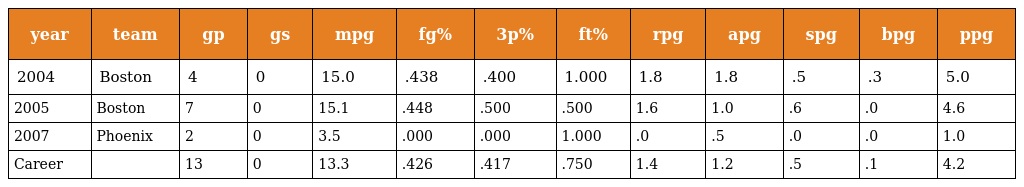
| year | team | gp | gs | mpg | fg% | 3p% | ft% | rpg | apg | spg | bpg | ppg |
 | --- | --- | --- | --- | --- | --- | --- | --- | --- | --- | --- | --- | --- |
 | 2004 | Boston | 4 | 0 | 15.0 | .438 | .400 | 1.000 | 1.8 | 1.8 | .5 | .3 | 5.0 |
 | 2005 | Boston | 7 | 0 | 15.1 | .448 | .500 | .500 | 1.6 | 1.0 | .6 | .0 | 4.6 |
 | 2007 | Phoenix | 2 | 0 | 3.5 | .000 | .000 | 1.000 | .0 | .5 | .0 | .0 | 1.0 |
 | Career |  | 13 | 0 | 13.3 | .426 | .417 | .750 | 1.4 | 1.2 | .5 | .1 | 4.2 |